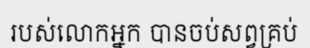
របស់លោកអ្នក បានចប់សព្វគ្រប់